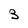
Character: 3